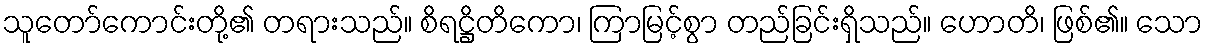
သူတော်ကောင်းတို့၏ တရားသည်။ စိရဋ္ဌိတိကော၊ ကြာမြင့်စွာ တည်ခြင်းရှိသည်။ ဟောတိ၊ ဖြစ်၏။ သော